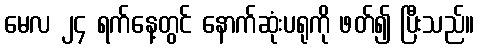
မေလ ၂၄ ရက်နေ့တွင် နောက်ဆုံးပရုကို ဖတ်၍ ပြီးသည်။